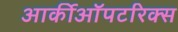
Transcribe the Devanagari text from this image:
आर्कीऑपटरिक्स